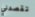
تقصدني